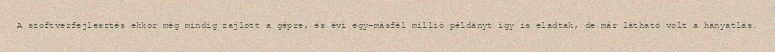
A szoftverfejlesztés ekkor még mindig zajlott a gépre, és évi egy-másfél millió példányt így is eladtak, de már látható volt a hanyatlás.